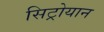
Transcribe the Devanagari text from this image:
सिट्रोयान